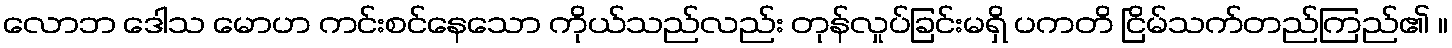
လောဘ ဒေါသ မောဟ ကင်းစင်နေသော ကိုယ်သည်လည်း တုန်လှုပ်ခြင်းမရှိ ပကတိ ငြိမ်သက်တည်ကြည်၏ ။